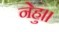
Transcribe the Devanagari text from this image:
नेहु।।